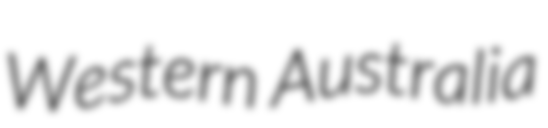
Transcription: Western Australia